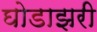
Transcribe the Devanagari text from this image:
घोडाझरी